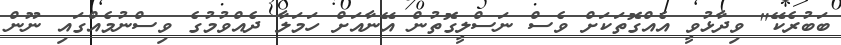
ބަބުރެކޭ" ވިދާޅުވީ އެއްގޮތަކަށް ވެސް ނަސްލީގޮތުން އޭނާއަށް ހަމަލާ ދެއްވުމުގެ ވިސްނުމެއްގައި ނޫން